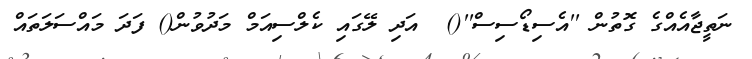
ނަތީޖާއެއްގެ ގޮތުން ''އެސިޑޯސިސް''()  އަދި ލޭގައި ކެލްސިއަމް މަދުވުން() ފަދަ މައްސަލަތައް